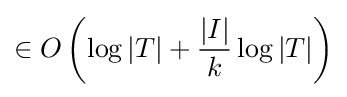
\in O\left(\log |T|+{\frac {|I|}{k}}\log |T|\right)